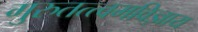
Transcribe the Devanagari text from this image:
गुरुतत्त्वमविज्ञाय